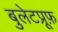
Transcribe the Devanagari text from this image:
बुलेटप्रूफ़